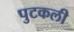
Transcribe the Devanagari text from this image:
पुटकली